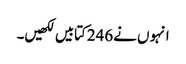
انہو ں نے246کتابیں لکھیں۔